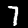
Label: 7